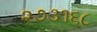
૨૭૩૧૬૮